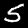
Label: 5